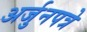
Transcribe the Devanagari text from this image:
अर्जुनपत्रे